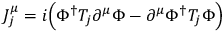
J _ { j } ^ { \mu } = i \Big ( \Phi ^ { \dagger } T _ { j } \partial ^ { \mu } \Phi - \partial ^ { \mu } \Phi ^ { \dagger } T _ { j } \Phi \Big )